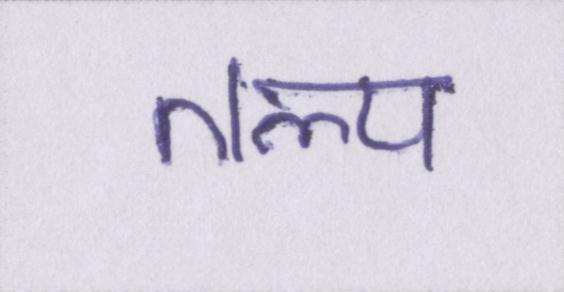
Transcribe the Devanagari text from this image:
तल्प